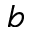
b